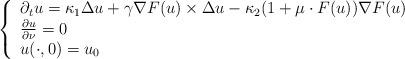
LaTeX: \begin{align*}\left\{\begin{array}{llll}\partial_t u=\kappa_1\Delta u+\gamma\nabla F(u)\times\Delta u-\kappa_2(1+\mu\cdot F(u))\nabla F(u)\\\frac{\partial u}{\partial\nu}=0\\u(\cdot ,0)=u_0\end{array}\right.\end{align*}